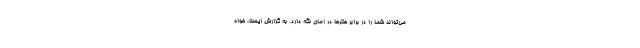
می‌تواند شما را در برابر هکرها در امان نگه دارد. به گزارش ایسنا، خواه